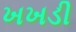
ખખડી